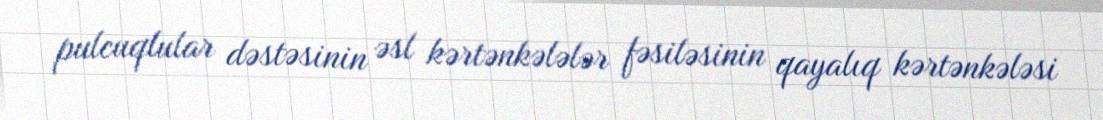
pulcuqlular dəstəsinin əsl kərtənkələlər fəsiləsinin qayalıq kərtənkələsi